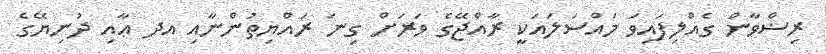
ރިޟްވާން ގެއްލިފައިވަ މައްސަލައަކީ ރާއްޖޭގެ ވަރަށް ގިނަ ރައްޔިތުންނާއި އދ ޢާއި ދުނިޔޭގެ